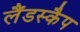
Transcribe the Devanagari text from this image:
लैंडस्कैप